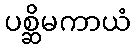
ပစ္ဆိမကာယံ